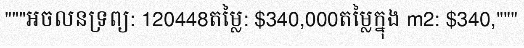
"""អចលនទ្រព្យ: 120448តម្លៃ: $340,000តម្លៃក្នុង m2: $340,"""